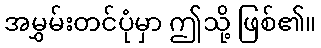
အမွှမ်းတင်ပုံမှာ ဤသို့ ဖြစ်၏။